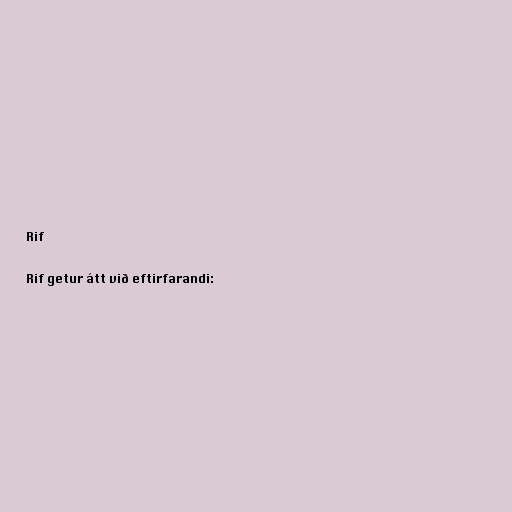
Rif

Rif getur átt við eftirfarandi: